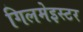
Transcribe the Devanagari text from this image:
गिलमेइस्टर